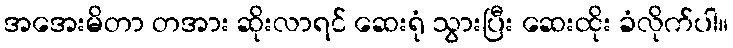
အအေးမိတာ တအား ဆိုးလာရင် ဆေးရုံ သွားပြီး ဆေးထိုး ခံလိုက်ပါ။